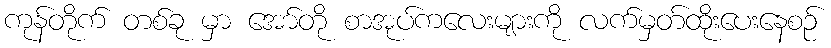
ကုန်တိုက် တစ်ခု မှာ အော်တို စာအုပ်ကလေးများကို လက်မှတ်ထိုးပေးနေစဉ်